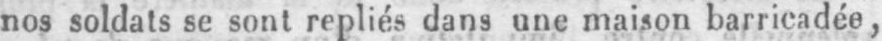
nos soldats se sont repliés dans une maison barricadée,